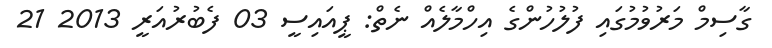
ގާސިމް މަރުވުމުގައި ފުލުހުންގެ އިހްމާލެއް ނެތް: ޕީއައިސީ 03 ފެބުރުއަރީ 2013 21